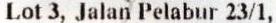
LOT 3, JALAN PELABUR 23/1,